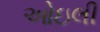
ઓઇલી